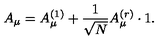
A _ { \mu } = A _ { \mu } ^ { ( 1 ) } + \frac 1 { \sqrt { N } } A _ { \mu } ^ { ( r ) } \cdot 1 .